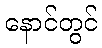
နောင်တွင်